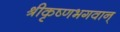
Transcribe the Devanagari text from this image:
श्रीकृष्णभगवान्